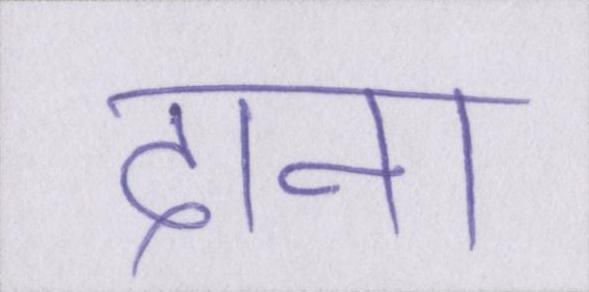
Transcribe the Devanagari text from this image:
दाना